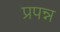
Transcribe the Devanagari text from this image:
प्रपन्न